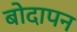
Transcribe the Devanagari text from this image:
बोदापन